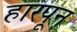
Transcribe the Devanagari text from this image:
हारपून